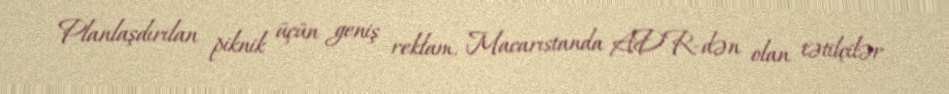
Planlaşdırılan piknik üçün geniş reklam, Macarıstanda ADR-dən olan tətilçilər